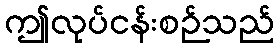
ဤလုပ်ငန်းစဉ်သည်